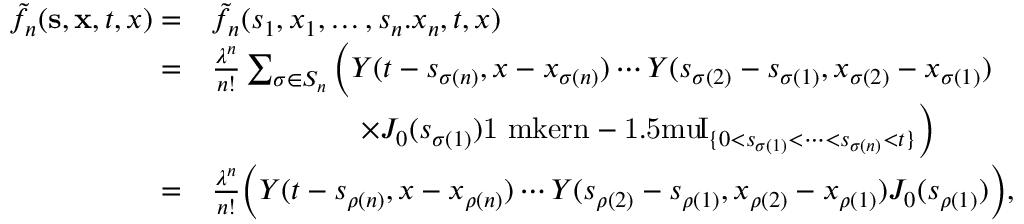
\begin{array} { r l } { \tilde { f } _ { n } ( \mathbf { s } , \mathbf { x } , t , x ) = } & { \tilde { f _ { n } } ( s _ { 1 } , x _ { 1 } , \dots , s _ { n } . x _ { n } , t , x ) } \\ { = } & { \frac { \lambda ^ { n } } { n ! } \sum _ { \sigma \in S _ { n } } \bigg ( Y ( t - s _ { \sigma ( n ) } , x - x _ { \sigma ( n ) } ) \cdots Y ( s _ { \sigma ( 2 ) } - s _ { \sigma ( 1 ) } , x _ { \sigma ( 2 ) } - x _ { \sigma ( 1 ) } ) } \\ & { \qquad \qquad \quad \times J _ { 0 } ( s _ { \sigma ( 1 ) } ) { \mathrm { 1 \ m k e r n - 1 . 5 m u } \! \mathrm { I } } _ { \{ 0 < s _ { \sigma ( 1 ) } < \dots < s _ { \sigma ( n ) } < t \} } \bigg ) } \\ { = } & { \frac { \lambda ^ { n } } { n ! } \bigg ( Y ( t - s _ { \rho ( n ) } , x - x _ { \rho ( n ) } ) \cdots Y ( s _ { \rho ( 2 ) } - s _ { \rho ( 1 ) } , x _ { \rho ( 2 ) } - x _ { \rho ( 1 ) } ) J _ { 0 } ( s _ { \rho ( 1 ) } ) \bigg ) , } \end{array}